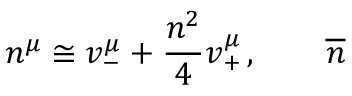
n ^ { \mu } \cong v _ { - } ^ { \mu } + \frac { n ^ { 2 } } { 4 } v _ { + } ^ { \mu } \, , \qquad \overline { { { n } } }